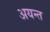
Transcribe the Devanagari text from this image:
अयन्त